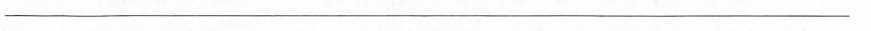
___